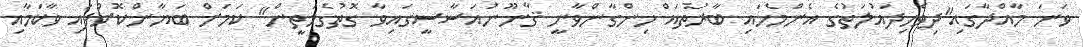
ވަނަ މާއްދާގައި"ދިވެހިދައުލަތުގެ އެންމެހައި ބާރުތައް ހިންގާންވާނީ ޤާނޫނުއަސާސީގައިވާ ގޮތުގެމަތީން" ކަމަށް ބަޔާންކޮށްފައި ވާކަމާއި